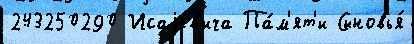
243250290 Исаjев'ича Па́м'ят'и Сыновья́